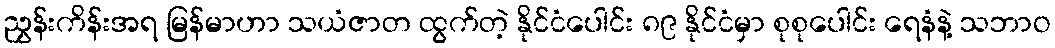
ညွှန်းကိန်းအရ မြန်မာဟာ သယံဇာတ ထွက်တဲ့ နိုင်ငံပေါင်း ၈၉ နိုင်ငံမှာ စုစုပေါင်း ရေနံနဲ့ သဘာဝ